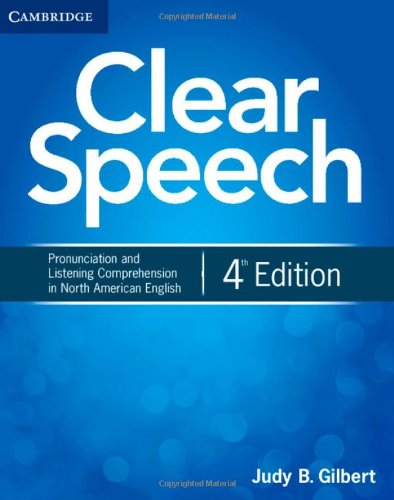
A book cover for Clear Speech: Pronunciation and Listening Comprehension in North American English, 4th Edition; Judy B. Gilbert; Reference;